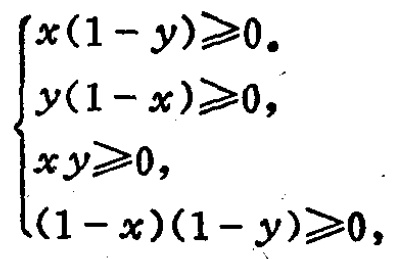
\[\begin{cases}

x(1 - y)\geqslant0,\\

y(1 - x)\geqslant0,\\

xy\geqslant0,\\

(1 - x)(1 - y)\geqslant0

\end{cases}\]